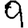
Digit: 9